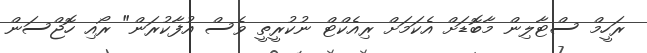
ރަހީމް ސްޓާލިން މާބޮޑަށް އެކަމަށް ރިއެކްޓް ނުކުރީތީ ވެސް އުފާކުރަން" ރޯއި ހޮޖްސަން